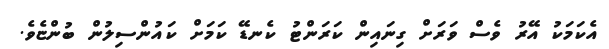
އެކަމަކު އޭރު ވެސް ވަރަށް ގިނައިން ކަރަންޓު ކެނޑޭ ކަމަށް ކައުންސިލުން ބުންޏެވެ.